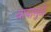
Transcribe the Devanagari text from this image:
बाबामुळे